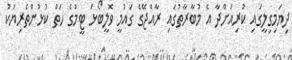
ދިޔަމިގިލީގައި ކުރިއަށްދާ އެ މުބާރާތުގައި ރާއްޖޭގެ ގައުމީ ވޮލީބޯޅަ ޓީމުގެ ހަތް ކުޅުންތެރިޔަކު